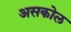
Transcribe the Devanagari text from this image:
असकोल